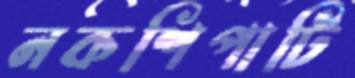
নকশিপাটি